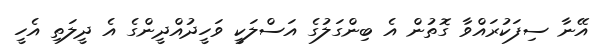
އޭނާ ސިފަކުރައްވާ ގޮތުން އެ ބިންގަލުގެ އަސްލަކީ ވަހީދުއްދީންގެ އެ ދީލަތި އެހީ